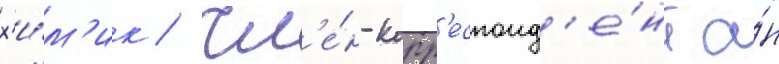
х'и́м'ик / чл'е́н-корр'еспонд'е́нт а́н